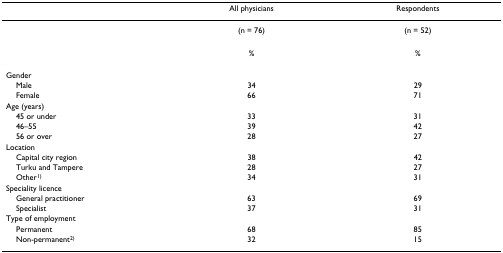
|  | All physicians | Respondents |
 | --- | --- | --- |
 |  | (n = 76) | (n = 52) |
 |  | % | % |
 | Gender |  |  |
 | Male | 34 | 29 |
 | Female | 66 | 71 |
 | Age (years) |  |  |
 | 45 or under | 33 | 31 |
 | 46–55 | 39 | 42 |
 | 56 or over | 28 | 27 |
 | Location |  |  |
 | Capital city region | 38 | 42 |
 | Turku and Tampere | 28 | 27 |
 | Other1) | 34 | 31 |
 | Speciality licence |  |  |
 | General practitioner | 63 | 69 |
 | Specialist | 37 | 31 |
 | Type of employment |  |  |
 | Permanent | 68 | 85 |
 | Non-permanent2) | 32 | 15 |